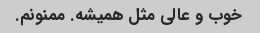
خوب و عالی مثل همیشه. ممنونم.